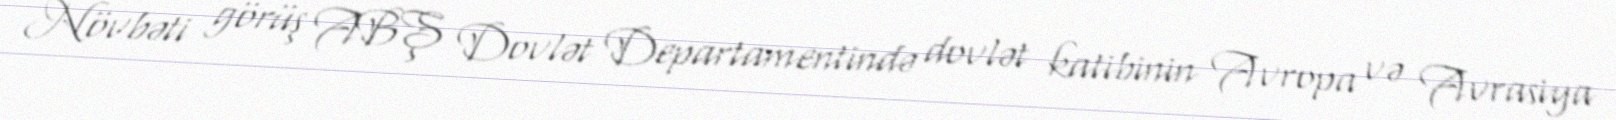
Növbəti görüş ABŞ Dovlət Departamentində dovlət katibinin Avropa və Avrasiya